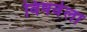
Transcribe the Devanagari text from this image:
विषवेला